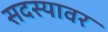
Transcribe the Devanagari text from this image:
सदस्यावर